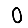
Digit: 0